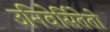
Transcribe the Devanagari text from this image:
उनिवेर्सितेतो